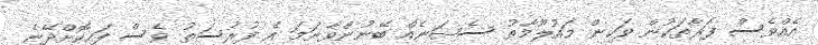
އެއްވެސް ފަރާތަކުން ވަކިން މައުލޫމާތު ސެޝަނެއް ބޭނުންވާނަމަ އެ ފުރުސަތު ވެސް ފަހިކޮށްދޭނެ